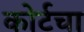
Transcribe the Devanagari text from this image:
कोर्टचा